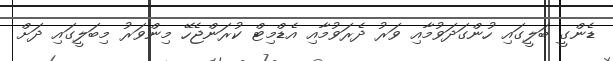
ޑެންގީ ބަލީގައި ހުންގަދަވުމާއި ވަރު ދެރަވުމާއި އެޑްމިޓް ކުރަންޖެހޭ މިންވަރު މިބަލީގައި ދަށް